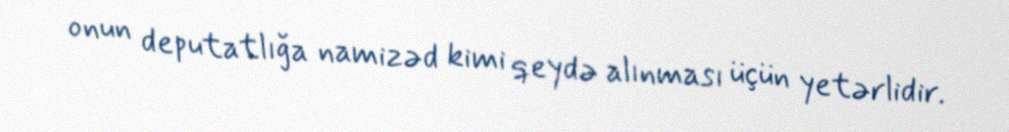
onun deputatlığa namizəd kimi qeydə alınması üçün yetərlidir.